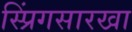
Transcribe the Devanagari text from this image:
स्प्रिंगसारखा